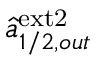
\hat { a } _ { 1 / 2 , o u t } ^ { \mathrm { e x t 2 } }